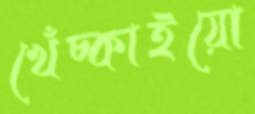
খেঁচ্‌কাইয়ো